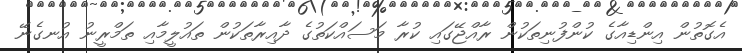
އެގޮތުން އިންޑިއާގެ ކުންފުނިތަކުން ރާއްޖޭގައި ކުރާ މަސައްކަތުގެ ދާއިރާތަކުން ތައުލީމާއި ތަމްރީނު އުނގެނޭ